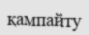
қампайту